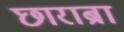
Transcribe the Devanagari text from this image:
छाराब्रा